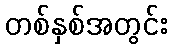
တစ်နှစ်အတွင်း